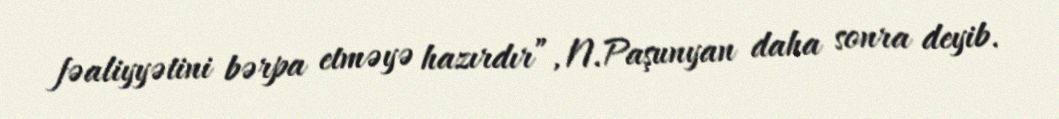
fəaliyyətini bərpa etməyə hazırdır”, N.Paşunyan daha sonra deyib.